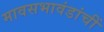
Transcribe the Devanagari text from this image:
मावसभावंडांचीं